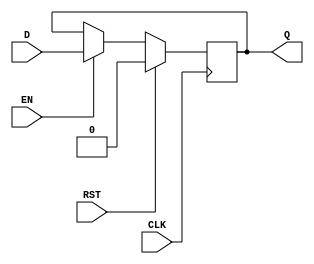
module dff_sync_high_high (CLK, RST, EN, D, Q);
output reg Q;
input CLK, RST, EN,D;

always@(posedge CLK) begin
if (RST)
	Q<=1'b0;
else if(EN)
	Q<=D;
end
endmodule